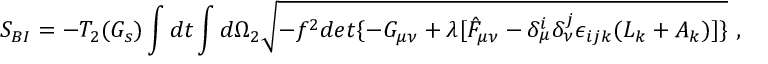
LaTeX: S _ { B I } = - T _ { 2 } ( G _ { s } ) \int d t \int d \Omega _ { 2 } \sqrt { - f ^ { 2 } d e t \{ - G _ { \mu \nu } + \lambda [ \hat { F } _ { \mu \nu } - \delta _ { \mu } ^ { i } \delta _ { \nu } ^ { j } \epsilon _ { i j k } ( L _ { k } + A _ { k } ) ] \} } \ ,